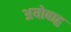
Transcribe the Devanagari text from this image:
अयोबाहु